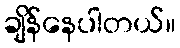
ချိန်နေပါတယ်။